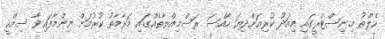
ހެލްތު މިނިސްޓްރީގައި މިއަދު ކުރިއަށްދިޔަ ހާއްސަ ރަސްމިއްޔާތެއްގައި މަރާމާތު ކުރުމަށް ނިންމާފައިވާ ސިއްހީ